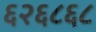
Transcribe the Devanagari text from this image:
६२६८६८